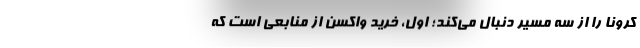
کرونا را از سه مسیر دنبال می‌کند؛ اول، خرید واکسن از منابعی است که